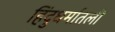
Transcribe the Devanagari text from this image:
हिंदुधर्मातली